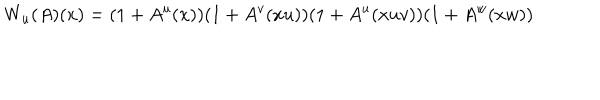
W _ { u } ( A ) ( x ) = ( 1 + A ^ { u } ( x ) ) ( 1 + A ^ { v } ( x u ) ) ( 1 + A ^ { u } ( x u v ) ) ( 1 + A ^ { w } ( x w ) )